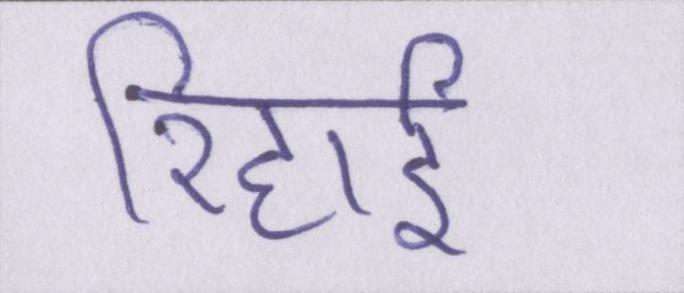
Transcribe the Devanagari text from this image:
रिहाई